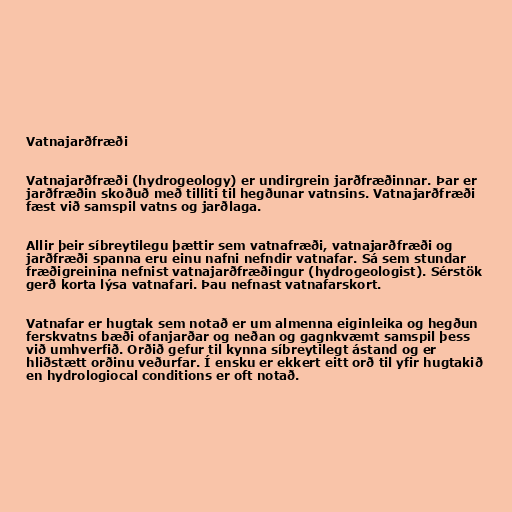
Vatnajarðfræði

Vatnajarðfræði (hydrogeology) er undirgrein jarðfræðinnar. Þar er
jarðfræðin skoðuð með tilliti til hegðunar vatnsins. Vatnajarðfræði
fæst við samspil vatns og jarðlaga.

Allir þeir síbreytilegu þættir sem vatnafræði, vatnajarðfræði og
jarðfræði spanna eru einu nafni nefndir vatnafar. Sá sem stundar
fræðigreinina nefnist vatnajarðfræðingur (hydrogeologist). Sérstök
gerð korta lýsa vatnafari. Þau nefnast vatnafarskort.

Vatnafar er hugtak sem notað er um almenna eiginleika og hegðun
ferskvatns bæði ofanjarðar og neðan og gagnkvæmt samspil þess
við umhverfið. Orðið gefur til kynna síbreytilegt ástand og er
hliðstætt orðinu veðurfar. Í ensku er ekkert eitt orð til yfir hugtakið
en hydrologiocal conditions er oft notað.